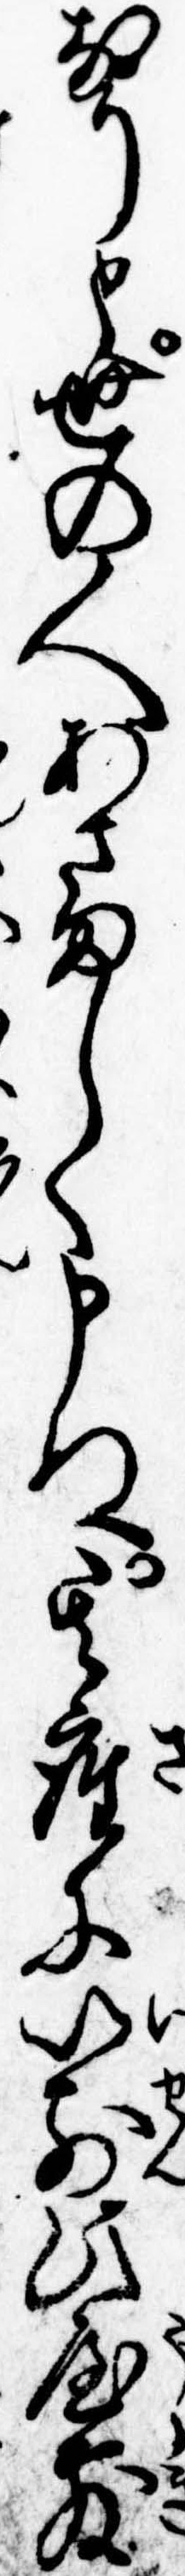
なりと世の人あさましく申ぬ其座に以前此屋敷